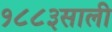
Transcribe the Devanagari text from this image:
१८८३साली